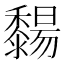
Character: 䵘